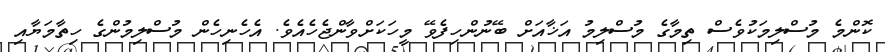
ކޮންމެ މުސްލިމަކުވެސް ތިމާގެ މުސްލިމު އަޚާއަށް ބޭނުންހިފެވޭ މީހަކަށްވާންޖެހެއެވެ. އެހެނިހެން މުސްލިމުންގެ ހިތާމަޔާއި